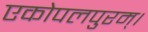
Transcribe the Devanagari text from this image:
एकोपलपुरम्।